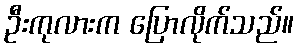
ဦးကုလားက ပြောလိုက်သည်။